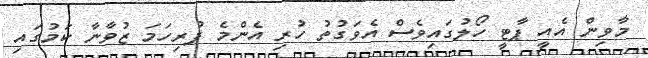
މާވިން އެއީ ޕާޓީ ހޯލުގައިވެސް އެވަގުތު ހުރި އެންމެ ފުރިހަމަ ޒުވާނާ ކަމުގައި